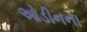
ઓડીનના